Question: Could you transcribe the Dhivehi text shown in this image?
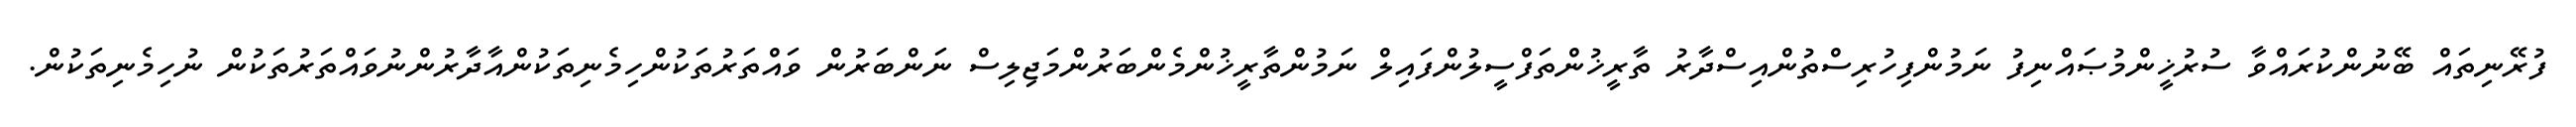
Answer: ފުރޭނިތައް ބޭނުންކުރައްވާ ސުރުޚީންމުޞައްނިފު ނަމުންފިހުރިސްތުންއިސްދާރު ތާރީޚުންތަފްސީލުންފައިލް ނަމުންތާރީޚުންމެންބަރުންމަޖިލިސް ނަންބަރުން ވައްތަރުތަކުންހިމެނިތަކުންއާދާރުންނުވައްތަރުތަކުން ނުހިމެނިތަކުން.